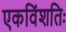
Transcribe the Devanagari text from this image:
एकविंशतिः